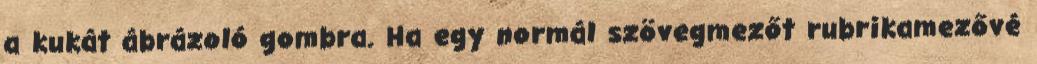
a kukát ábrázoló gombra. Ha egy normál szövegmezőt rubrikamezővé